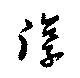
淳